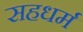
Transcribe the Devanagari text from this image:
सहधर्म